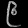
Digit: ၉